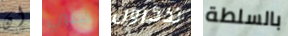
ان تبني تذكرون بالسلطة